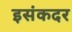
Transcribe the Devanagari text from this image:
इसंकदर